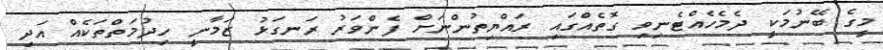
މީގެ ބޭނުމަކީ ދެމެހެއްޓެނިވި ގޮތެއްގައި ރައްޔިތުންނަށް ފެންވަރު ރަނގަޅު ޒަމާނީ ހިދުމަތްތަކެއް އަދި